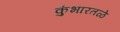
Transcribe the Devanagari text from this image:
कुंभारतळे